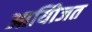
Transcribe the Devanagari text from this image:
आयोिजत